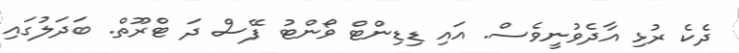
ދެކެ ރުޅި އާދެވުނީވެސް. އައި ޑިޑިންޓް ވޯންޓު ފޭސް ދަ ޓްރޫތް. ބަދަލުގައި